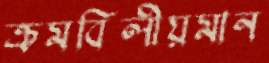
ক্রমবিলীয়মান